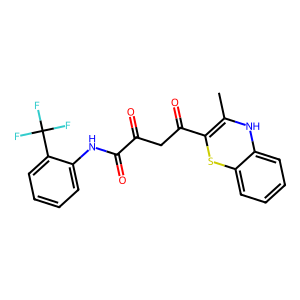
SMILES: CC1=C(C(=O)CC(=O)C(=O)Nc2ccccc2C(F)(F)F)Sc2ccccc2N1
Inhibits HIV replication: No